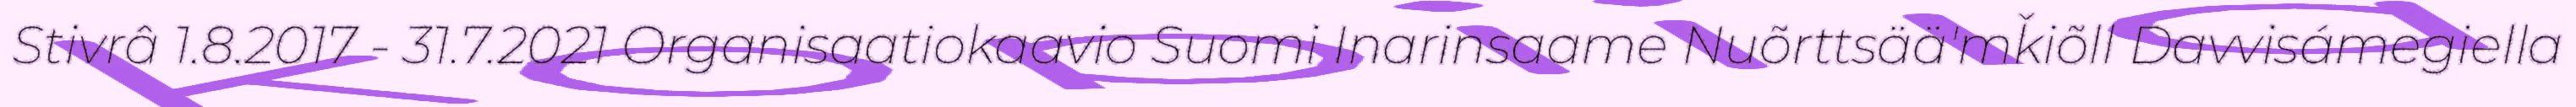
Stivrâ 1.8.2017 - 31.7.2021 Organisaatiokaavio Suomi Inarinsaame Nuõrttsää'mǩiõll Davvisámegiella